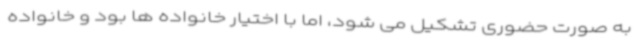
به صورت حضوری تشکیل می شود، اما با اختیار خانواده ها بود و خانواده